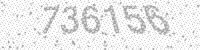
Solution: 736156